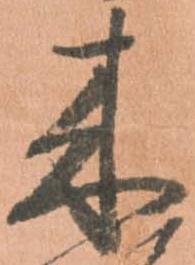
来